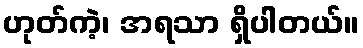
ဟုတ်ကဲ့၊ အရသာ ရှိပါတယ်။